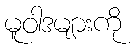
မူဝါဒများကို